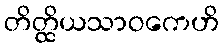
တိတ္ထိယသာဝကေဟိ